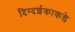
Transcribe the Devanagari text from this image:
दिग्दर्शकाकडे